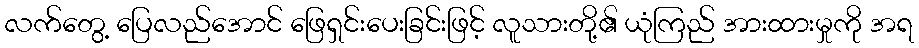
လက်တွေ့ ပြေလည်အောင် ဖြေရှင်းပေးခြင်းဖြင့် လူသားတို့၏ ယုံကြည် အားထားမှုကို အရ